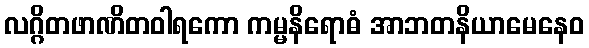
လဂ္ဂိတဖာဏိတဝါရကော ကမ္မနိရောဓံ အာဘတနိယာမေနေဝ